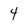
Character: 4